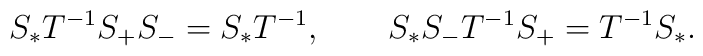
S_*T^{-1}S_+S_-=S_*T^{-1},\qquad S_*S_-T^{-1}S_+=T^{-1}S_*.